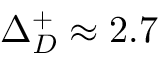
\Delta _ { D } ^ { + } \approx 2 . 7